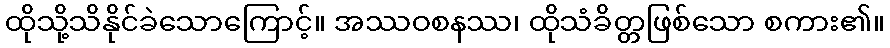
ထိုသို့သိနိုင်ခဲသောကြောင့်။ အဿဝစနဿ၊ ထိုသံခိတ္တဖြစ်သော စကား၏။